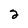
Character: 2